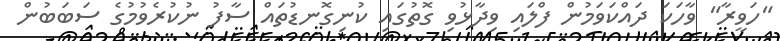
"ހަވީރާ" ވާހަކަ ދައްކަވަމުން ފްލައި ވިދާޅުވި ގޮތުގައި ކުނިގޮނޑުތައް ސާފު ނުކުރެވުމުގެ ސަބަބުން